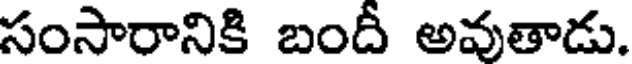
సంసారానికి బందీ అవుతాడు.